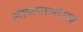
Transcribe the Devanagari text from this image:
लोकपालांसह